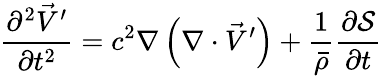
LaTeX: \frac{\partial^{2}\vec{V}^{\prime}}{\partial t^{2}}=c^{2}\nabla\left(\nabla\cdot\vec{V}^{\prime}\right)+\frac{1}{\bar{\rho}}\frac{\partial\mathcal{S}}{\partial t}